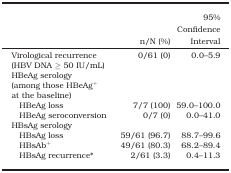
<table><thead><tr><td>[EMPTY_CELL]</td><td><b>n/N (%)</b></td><td><b>95% Confidence Interval</b></td></tr></thead><tbody><tr><td>Virological recurrence (HBV DNA ≥ 50 IU/mL)</td><td>0/61 (0)</td><td>0.0–5.9</td></tr><tr><td>HBeAg serology (among those HBeAg<sup>+</sup> at the baseline)</td><td>[EMPTY_CELL]</td><td>[EMPTY_CELL]</td></tr><tr><td>HBeAg loss</td><td>7/7 (100)</td><td>59.0–100.0</td></tr><tr><td>HBeAg seroconversion</td><td>0/7 (0)</td><td>0.0–41.0</td></tr><tr><td>HBsAg serology</td><td>[EMPTY_CELL]</td><td>[EMPTY_CELL]</td></tr><tr><td>HBsAg loss</td><td>59/61 (96.7)</td><td>88.7–99.6</td></tr><tr><td>HBsAb<sup>+</sup></td><td>49/61 (80.3)</td><td>68.2–89.4</td></tr><tr><td>HBsAg recurrence*</td><td>2/61 (3.3)</td><td>0.4–11.3</td></tr></tbody></table>